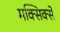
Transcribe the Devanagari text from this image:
मक्सिक्से